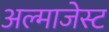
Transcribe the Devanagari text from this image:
अल्माजेस्ट